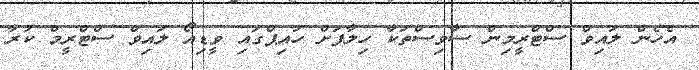
އެހެން ލައިވް ސްޓްރީމިން ސާވިސްތަކާ ހިލާފަށް ހައިޕްގައި ވީޑިއޯ ލައިވް ސްޓްރީމް ކުރާ